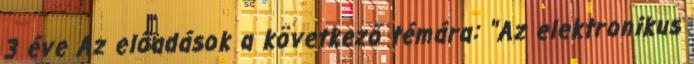
3 éve Az előadások a következő témára: "Az elektronikus